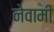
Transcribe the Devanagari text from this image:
नेवामी